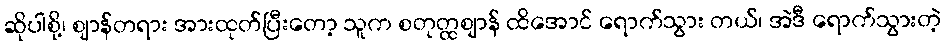
ဆိုပါစို့၊ ဈာန်တရား အားထုတ်ပြီးတော့ သူက စတုတ္ထဈာန် ထိအောင် ရောက်သွား တယ်၊ အဲဒီ ရောက်သွားတဲ့